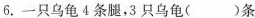
6.一只乌龟4条腿，3只乌龟()条